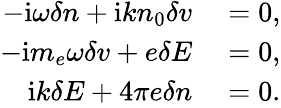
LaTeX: \begin{array}{rl}{-\textrm{i}\omega\delta n+\textrm{i}kn_{0}\delta v}&{{}=0,}\\ {-\textrm{i}m_{e}\omega\delta v+e\delta E}&{{}=0,}\\ {\textrm{i}k\delta E+4\pi e\delta n}&{{}=0.}\end{array}